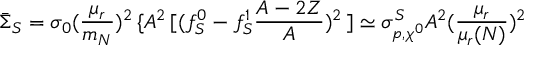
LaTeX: \bar { \Sigma } _ { S } = \sigma _ { 0 } ( \frac { \mu _ { r } } { m _ { N } } ) ^ { 2 } \, \{ A ^ { 2 } \, [ ( f _ { S } ^ { 0 } - f _ { S } ^ { 1 } \frac { A - 2 Z } { A } ) ^ { 2 } \, ] \simeq \sigma _ { p , \chi ^ { 0 } } ^ { S } A ^ { 2 } ( \frac { \mu _ { r } } { \mu _ { r } ( N ) } ) ^ { 2 }